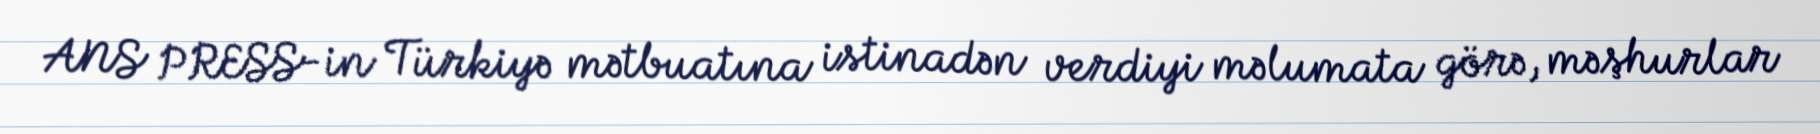
ANS PRESS-in Türkiyə mətbuatına istinadən verdiyi məlumata görə, məşhurlar